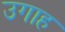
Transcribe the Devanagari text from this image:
उगाह